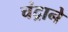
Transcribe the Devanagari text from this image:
चंद्राने